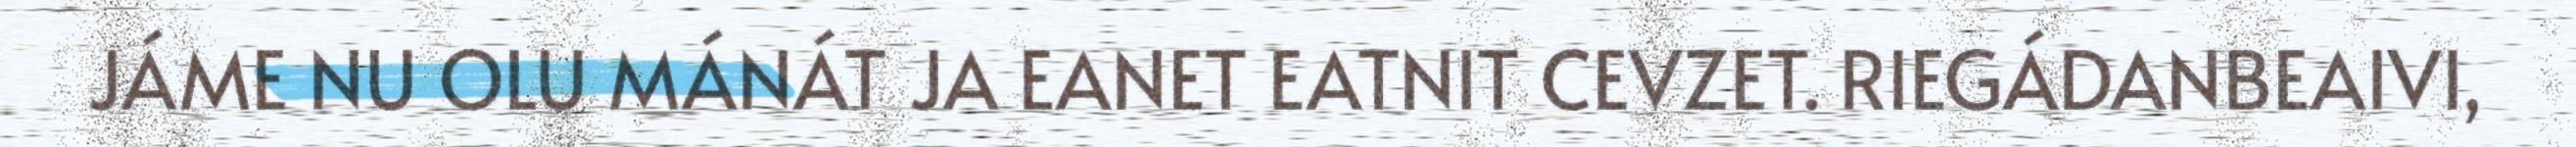
JÁME NU OLU MÁNÁT JA EANET EATNIT CEVZET. RIEGÁDANBEAIVI,